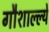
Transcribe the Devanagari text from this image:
गौशाल्ल्ये